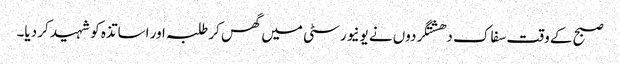
صبح کے وقت سفاک دھشتگردوں نے یونیورسٹی میں گھس کر طلبہ اور اساتذہ کو شہید کر دیا۔